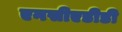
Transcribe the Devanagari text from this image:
एनसीएडीडी